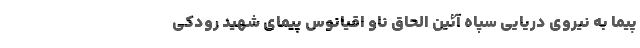
پیما به نیروی دریایی سپاه آئین الحاق ناو اقیانوس پیمای شهید رودکی